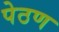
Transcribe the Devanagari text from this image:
पेठण